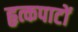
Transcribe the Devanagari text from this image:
हृत्कपाटों